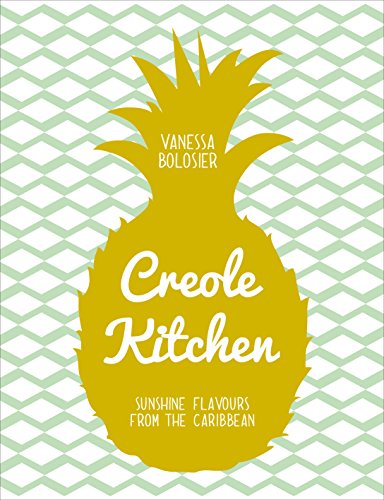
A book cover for Creole Kitchen: Sunshine Flavours from the Caribbean; Vanessa Bolosier; Cookbooks, Food & Wine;